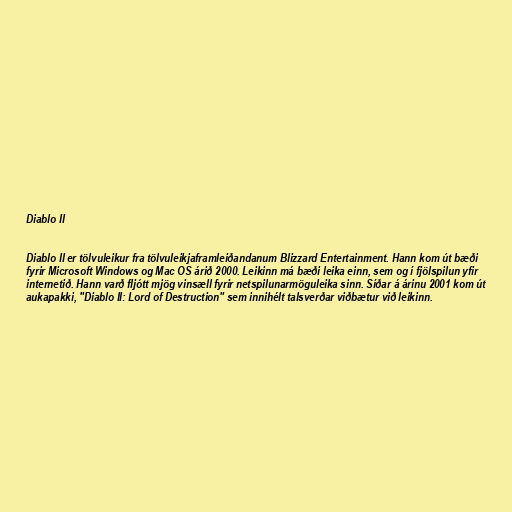
Diablo II

Diablo II er tölvuleikur fra tölvuleikjaframleiðandanum Blizzard Entertainment. Hann kom út bæði
fyrir Microsoft Windows og Mac OS árið 2000. Leikinn má bæði leika einn, sem og í fjölspilun yfir
internetið. Hann varð fljótt mjög vinsæll fyrir netspilunarmöguleika sinn. Síðar á árinu 2001 kom út
aukapakki, "Diablo II: Lord of Destruction" sem innihélt talsverðar viðbætur við leikinn.